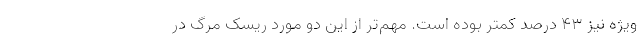
ویژه نیز ۴۳ درصد کمتر بوده است. مهم‌تر از این دو مورد ریسک مرگ در